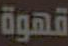
قهوة